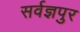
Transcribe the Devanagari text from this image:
सर्वज्ञपुर